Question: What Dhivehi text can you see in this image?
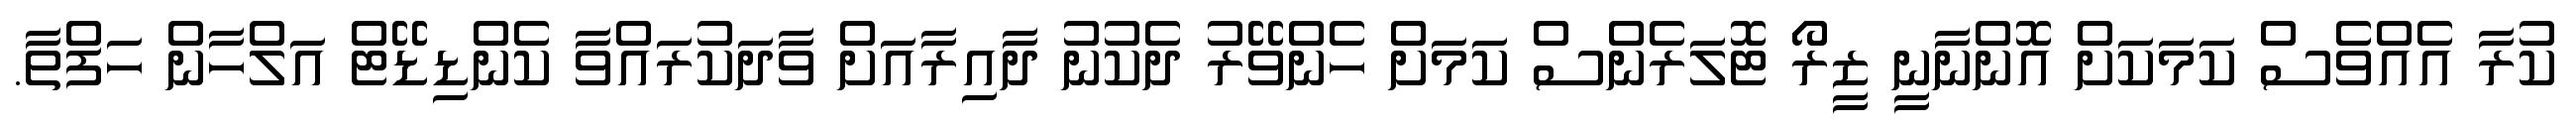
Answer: ކުރާ އެއްވެސް ކަމަކަށް އޮންނާނީ ޒީރޯ ޓޮލަރެންސް ކަމަށް ހެންވޭރު ދެކުނު ދާއިރާއަށް ވާދަކުރައްވާ ކެންޑިޑޭޓް އަލްހާން ހަފްތާ.